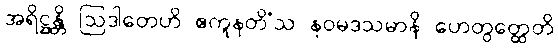
အရိဋ္ဌန္တိ ဩဒါတေဟိ ဧကူနတိံသ နဝမဒသမာနိ ဟေတွတ္ထေတိ